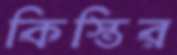
কিস্তির